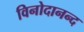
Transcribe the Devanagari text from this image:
विनोदानन्द